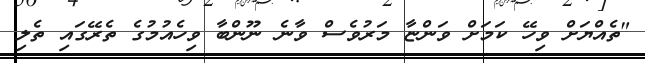
"ތެއްޔަށް ވިހޭ ކަމަށް ވަންޏާ މަރުވެސް ވާނެ ނޫންބާ ވިހެއުމުގެ ތެރޭގައި ތެލި